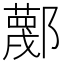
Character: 𲆢